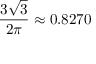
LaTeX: { \frac { 3 { \sqrt { 3 } } } { 2 \pi } } \approx 0 . 8 2 7 0